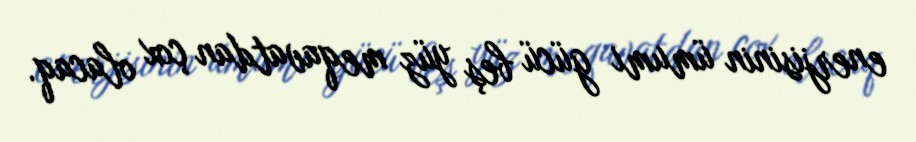
enerjisinin ümumi gücü beş yüz meqavatdan çox olacaq.